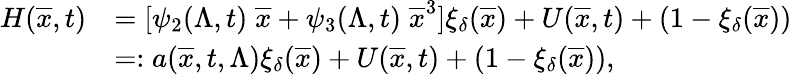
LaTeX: \begin{array}{rl}{H(\overline{{x}},t)}&{=[\psi_{2}(\Lambda,t)\; \overline{{x}}+\psi_{3}(\Lambda,t)\; \overline{{x}}^{3}]\xi_{\delta}(\overline{{x}})+U(\overline{{x}},t)+(1-\xi_{\delta}(\overline{{x}}))}\\ &{=:a(\overline{{x}},t,\Lambda)\xi_{\delta}(\overline{{x}})+U(\overline{{x}},t)+(1-\xi_{\delta}(\overline{{x}})),}\end{array}